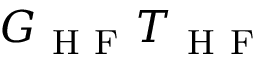
G _ { \mathrm { ~ H ~ F ~ } } T _ { \mathrm { ~ H ~ F ~ } }